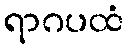
ရာဂပထံ